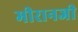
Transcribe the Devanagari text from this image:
मीरानजी